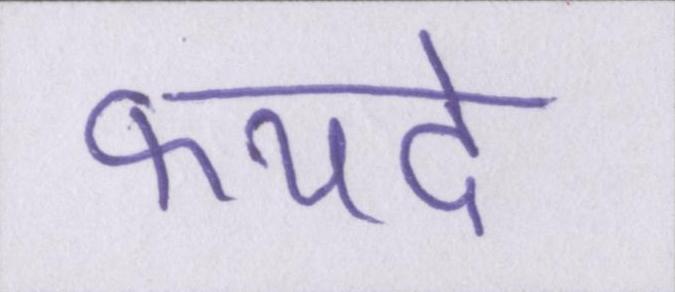
फयदे